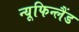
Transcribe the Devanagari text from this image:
न्यूफिन्लैंड